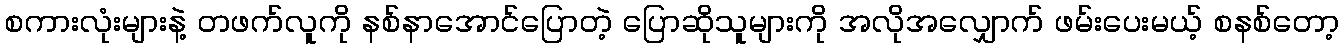
စကားလုံးများနဲ့ တဖက်လူကို နစ်နာအောင်ပြောတဲ့ ပြောဆိုသူများကို အလိုအလျှောက် ဖမ်းပေးမယ့် စနစ်တော့